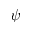
\psi